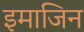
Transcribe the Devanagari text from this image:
इमाजिन